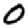
Digit: 0